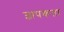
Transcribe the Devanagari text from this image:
ज्ञापकता